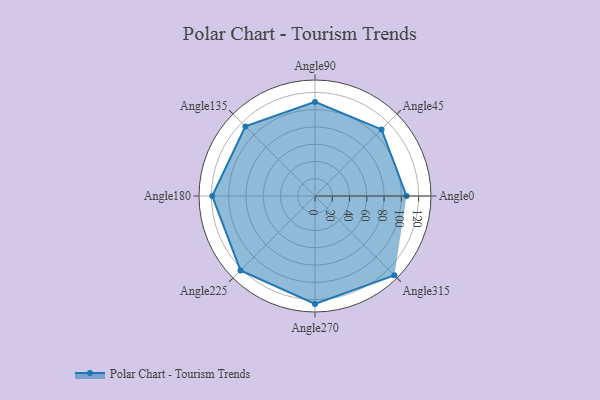
{"axis": {"x": "Angle", "y": "Radius"}, "legend": [""], "data": [{"x": "Angle0", "y": 106.0, "type": ""}, {"x": "Angle45", "y": 109.0, "type": ""}, {"x": "Angle90", "y": 109.0, "type": ""}, {"x": "Angle135", "y": 114.0, "type": ""}, {"x": "Angle180", "y": 119.0, "type": ""}, {"x": "Angle225", "y": 122.0, "type": ""}, {"x": "Angle270", "y": 125.0, "type": ""}, {"x": "Angle315", "y": 130.0, "type": ""}]}